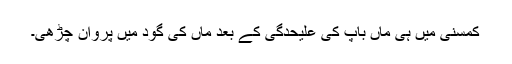
کمسنی میں ہی ماں باپ کی علیحدگی کے بعد ماں کی گود میں پروان چڑھی۔